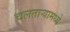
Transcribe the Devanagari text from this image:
चलताऱ्यामध्ये